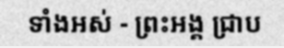
ទាំងអស់ - ព្រះអង្គ ជ្រាប